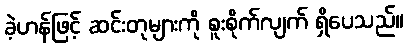
ခဲ့ဟန်ဖြင့် ဆင်းတုများကို စူးစိုက်လျက် ရှိပေသည်။